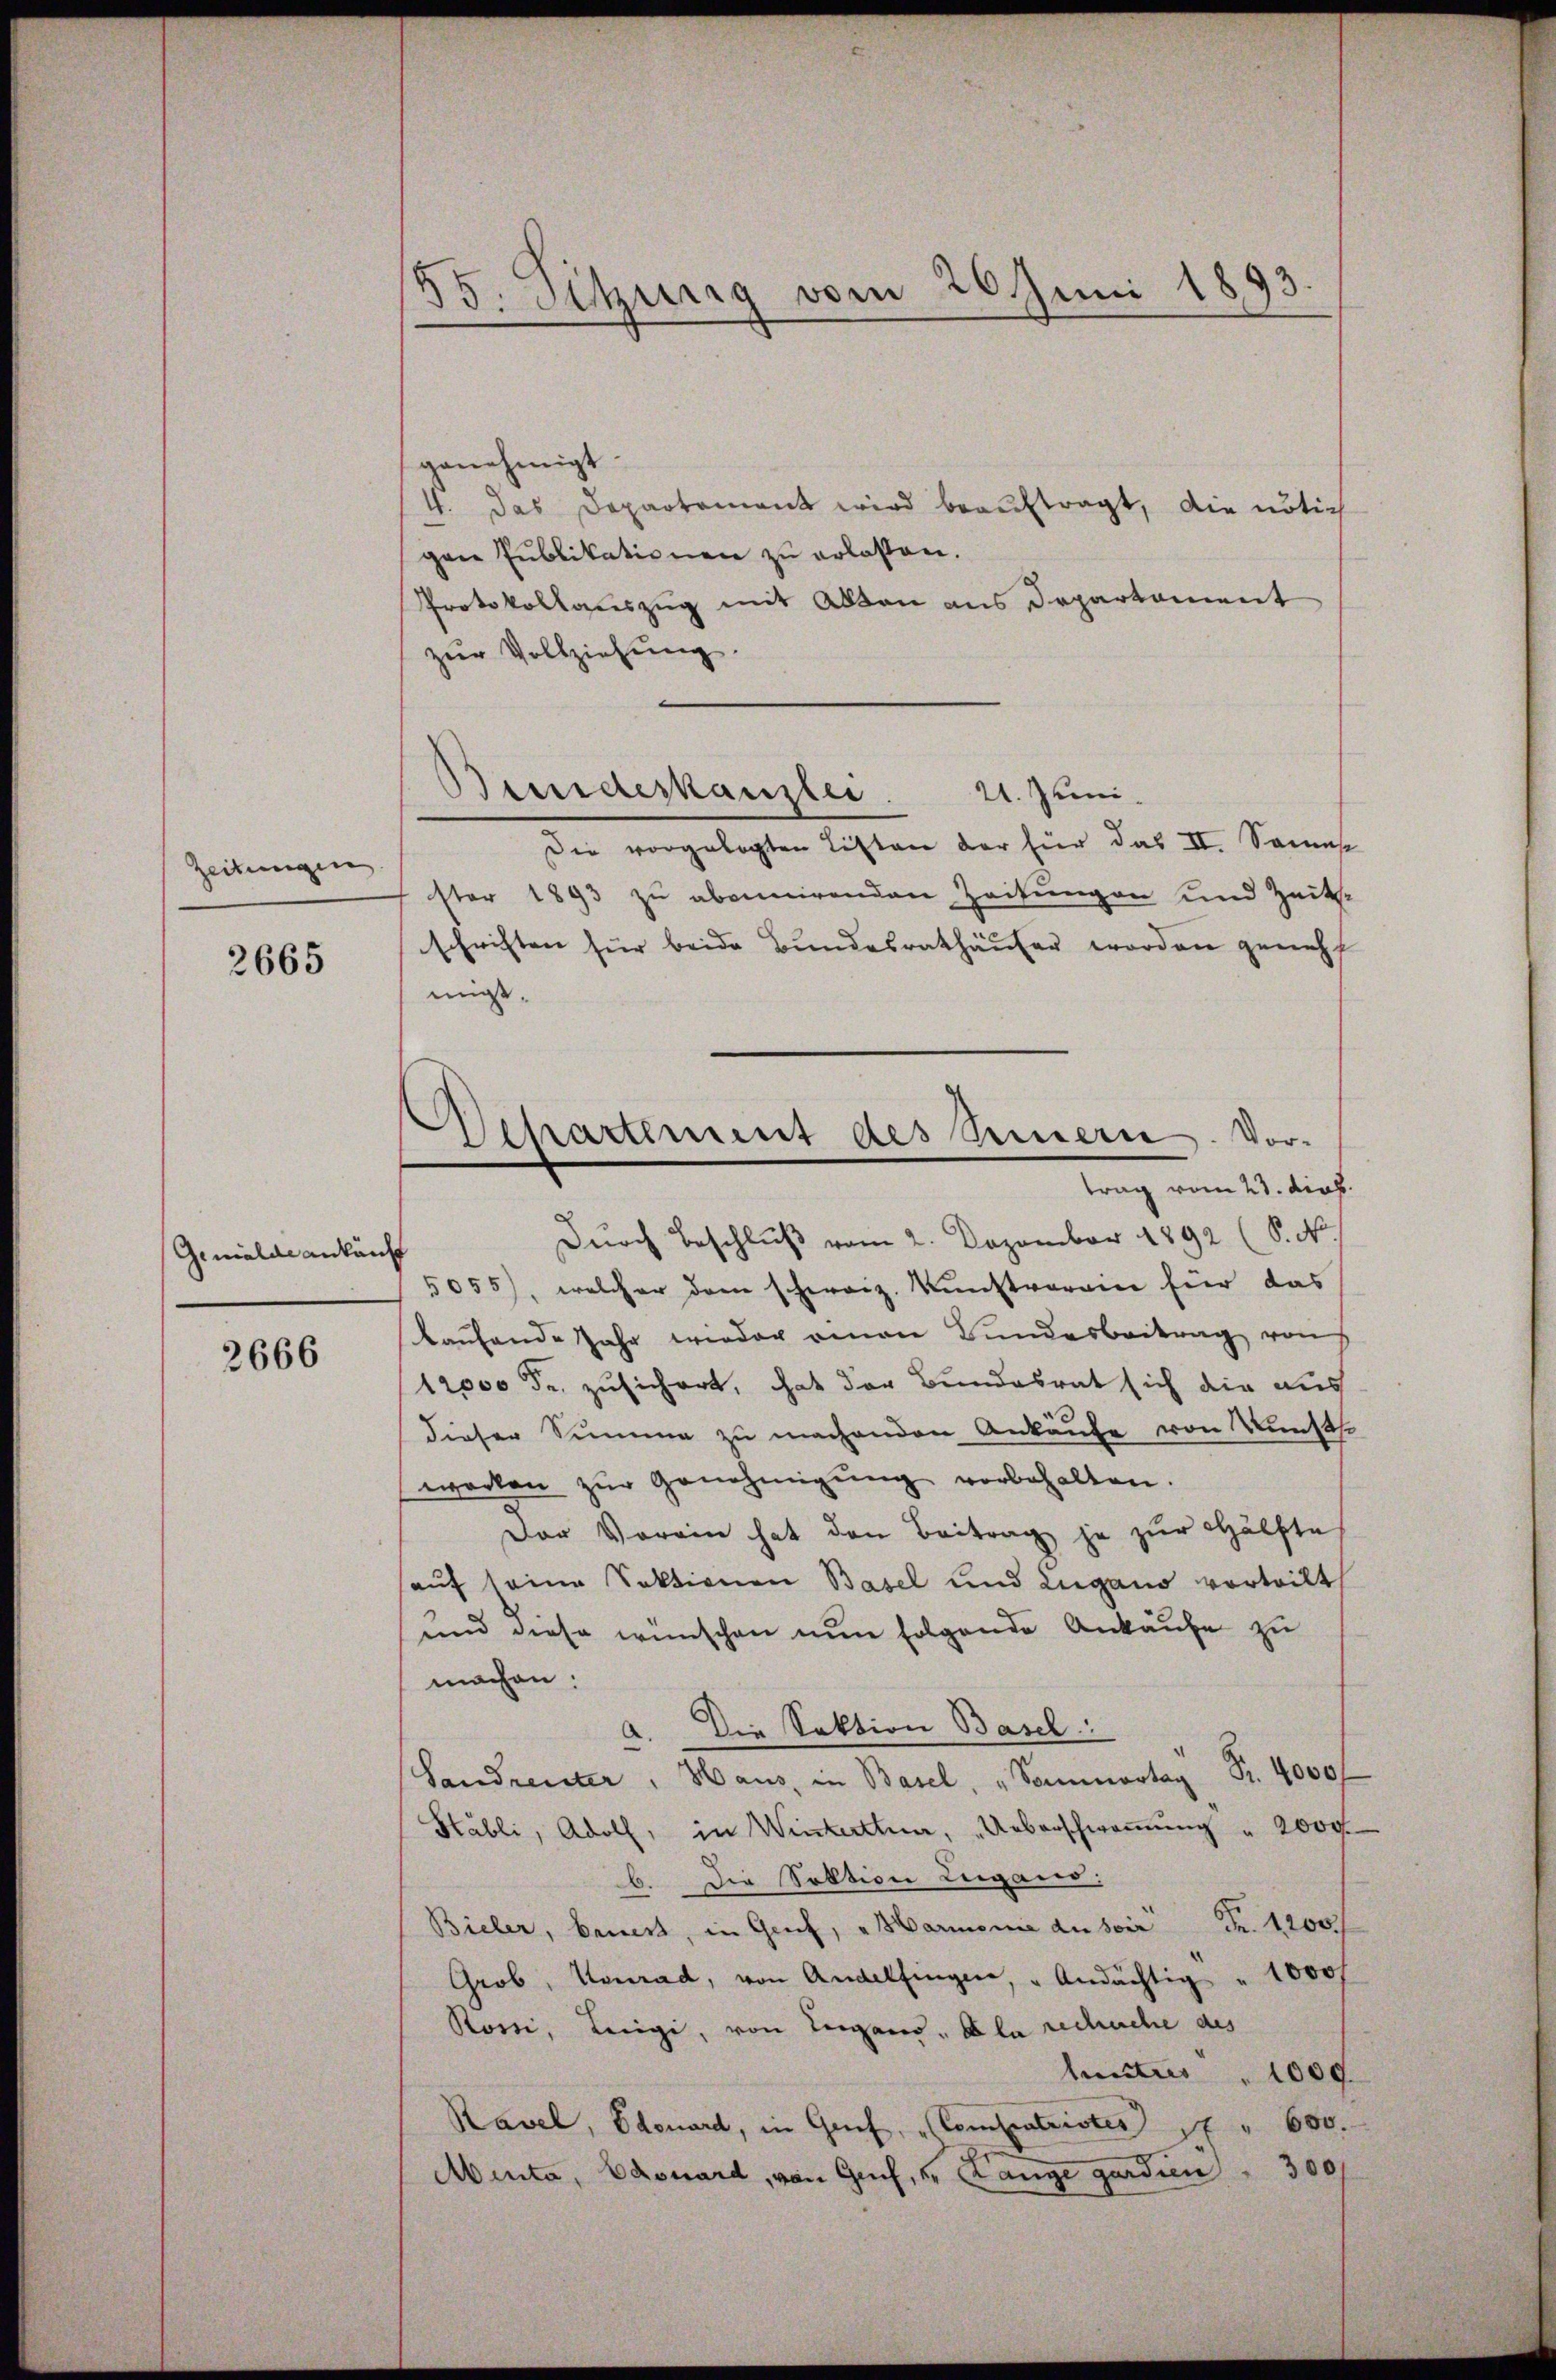
Zeitungen

2665

Gemälde ankünft

2666

genehmigt.
4. Das Departement wird beauftragt, die nötig
gen Publikationen zu erlassen.
Protokollauszug mit Akten aus Departament
zur Vollziehung.
Die vorgelegten Listen der für das II. Semes
ster 1893 zu abernirenden Zeitungen und Zeits-
schriften für beide Bundesrathäuser worden geneh
migt,
Durch Beschluß vom 2. Dezember 1892 (S. N
5055), welcher dem schweiz. Kunstverein für das
laŭfende Jahr wieder genan Bundesbeitrag von
12000 Fr. zusichert, hat der Bundesrat sich die aus
dieser Summe zu machenden Ankäufe von Kunst
werken zŭr Genehmigŭng vorbehalten.
Der Vorein hat den Beitrag je zur Hälfte
auf seine Sektionen Basel und Zugano vorteilt
und diese wünschen nun folgende Ankaufe zu
machen.
Die Sektion Basel
.
Sandrenter Haus, in Basel, "Samorta Fr. 4000f
Stäbli, Adolf, in Winterthur, Ueberschwommung " 2000
6. Die Solltion Lugano:
Bieler, bewert, in Genf, "Harmonia der sein Fr. 1200.
Grob, Konrad, von Andelfingen, " Andächtig " 1000f
Rossi, Leigi, von Lugand, la rechuehe des
lunters " 1000
Ravel, Edouard, in Genf, Compenleister  " 600.
Minta, Edouard, von Genf, u. Lange gardien 300

E
35. Sitzung vom 20 Juni 1893.

Biniderkanzlei 21. Juni.

Wehartement des Sinnern. Vortrag vom 27. dies.